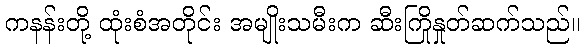
ကနန်းတို့ ထုံးစံအတိုင်း အမျိုးသမီးက ဆီးကြိုနှုတ်ဆက်သည်။